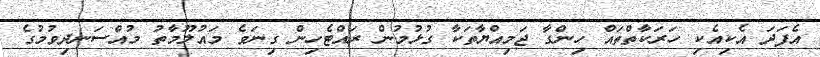
އެފަދަ އެކިއެކި ހަރަކާތްތައް ހިންގާ ޖަމިއްޔާތަކާ ގުޅުމުން ރައްޓެހިން ގިނަވެ މައުލޫމާތު މުއްސަނދިވުމުގެ